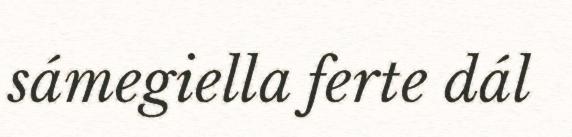
sámegiella ferte dál